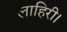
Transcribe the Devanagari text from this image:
लाहिरी।